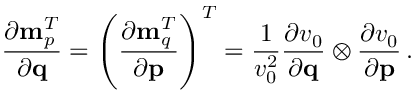
\frac { \partial { \bf m } _ { p } ^ { T } } { \partial { \bf q } } = \left( \frac { \partial { \bf m } _ { q } ^ { T } } { \partial { \bf p } } \right) ^ { T } = \frac { 1 } { v _ { 0 } ^ { 2 } } \frac { \partial v _ { 0 } } { \partial { \bf q } } \otimes \frac { \partial v _ { 0 } } { \partial { \bf p } } \, .